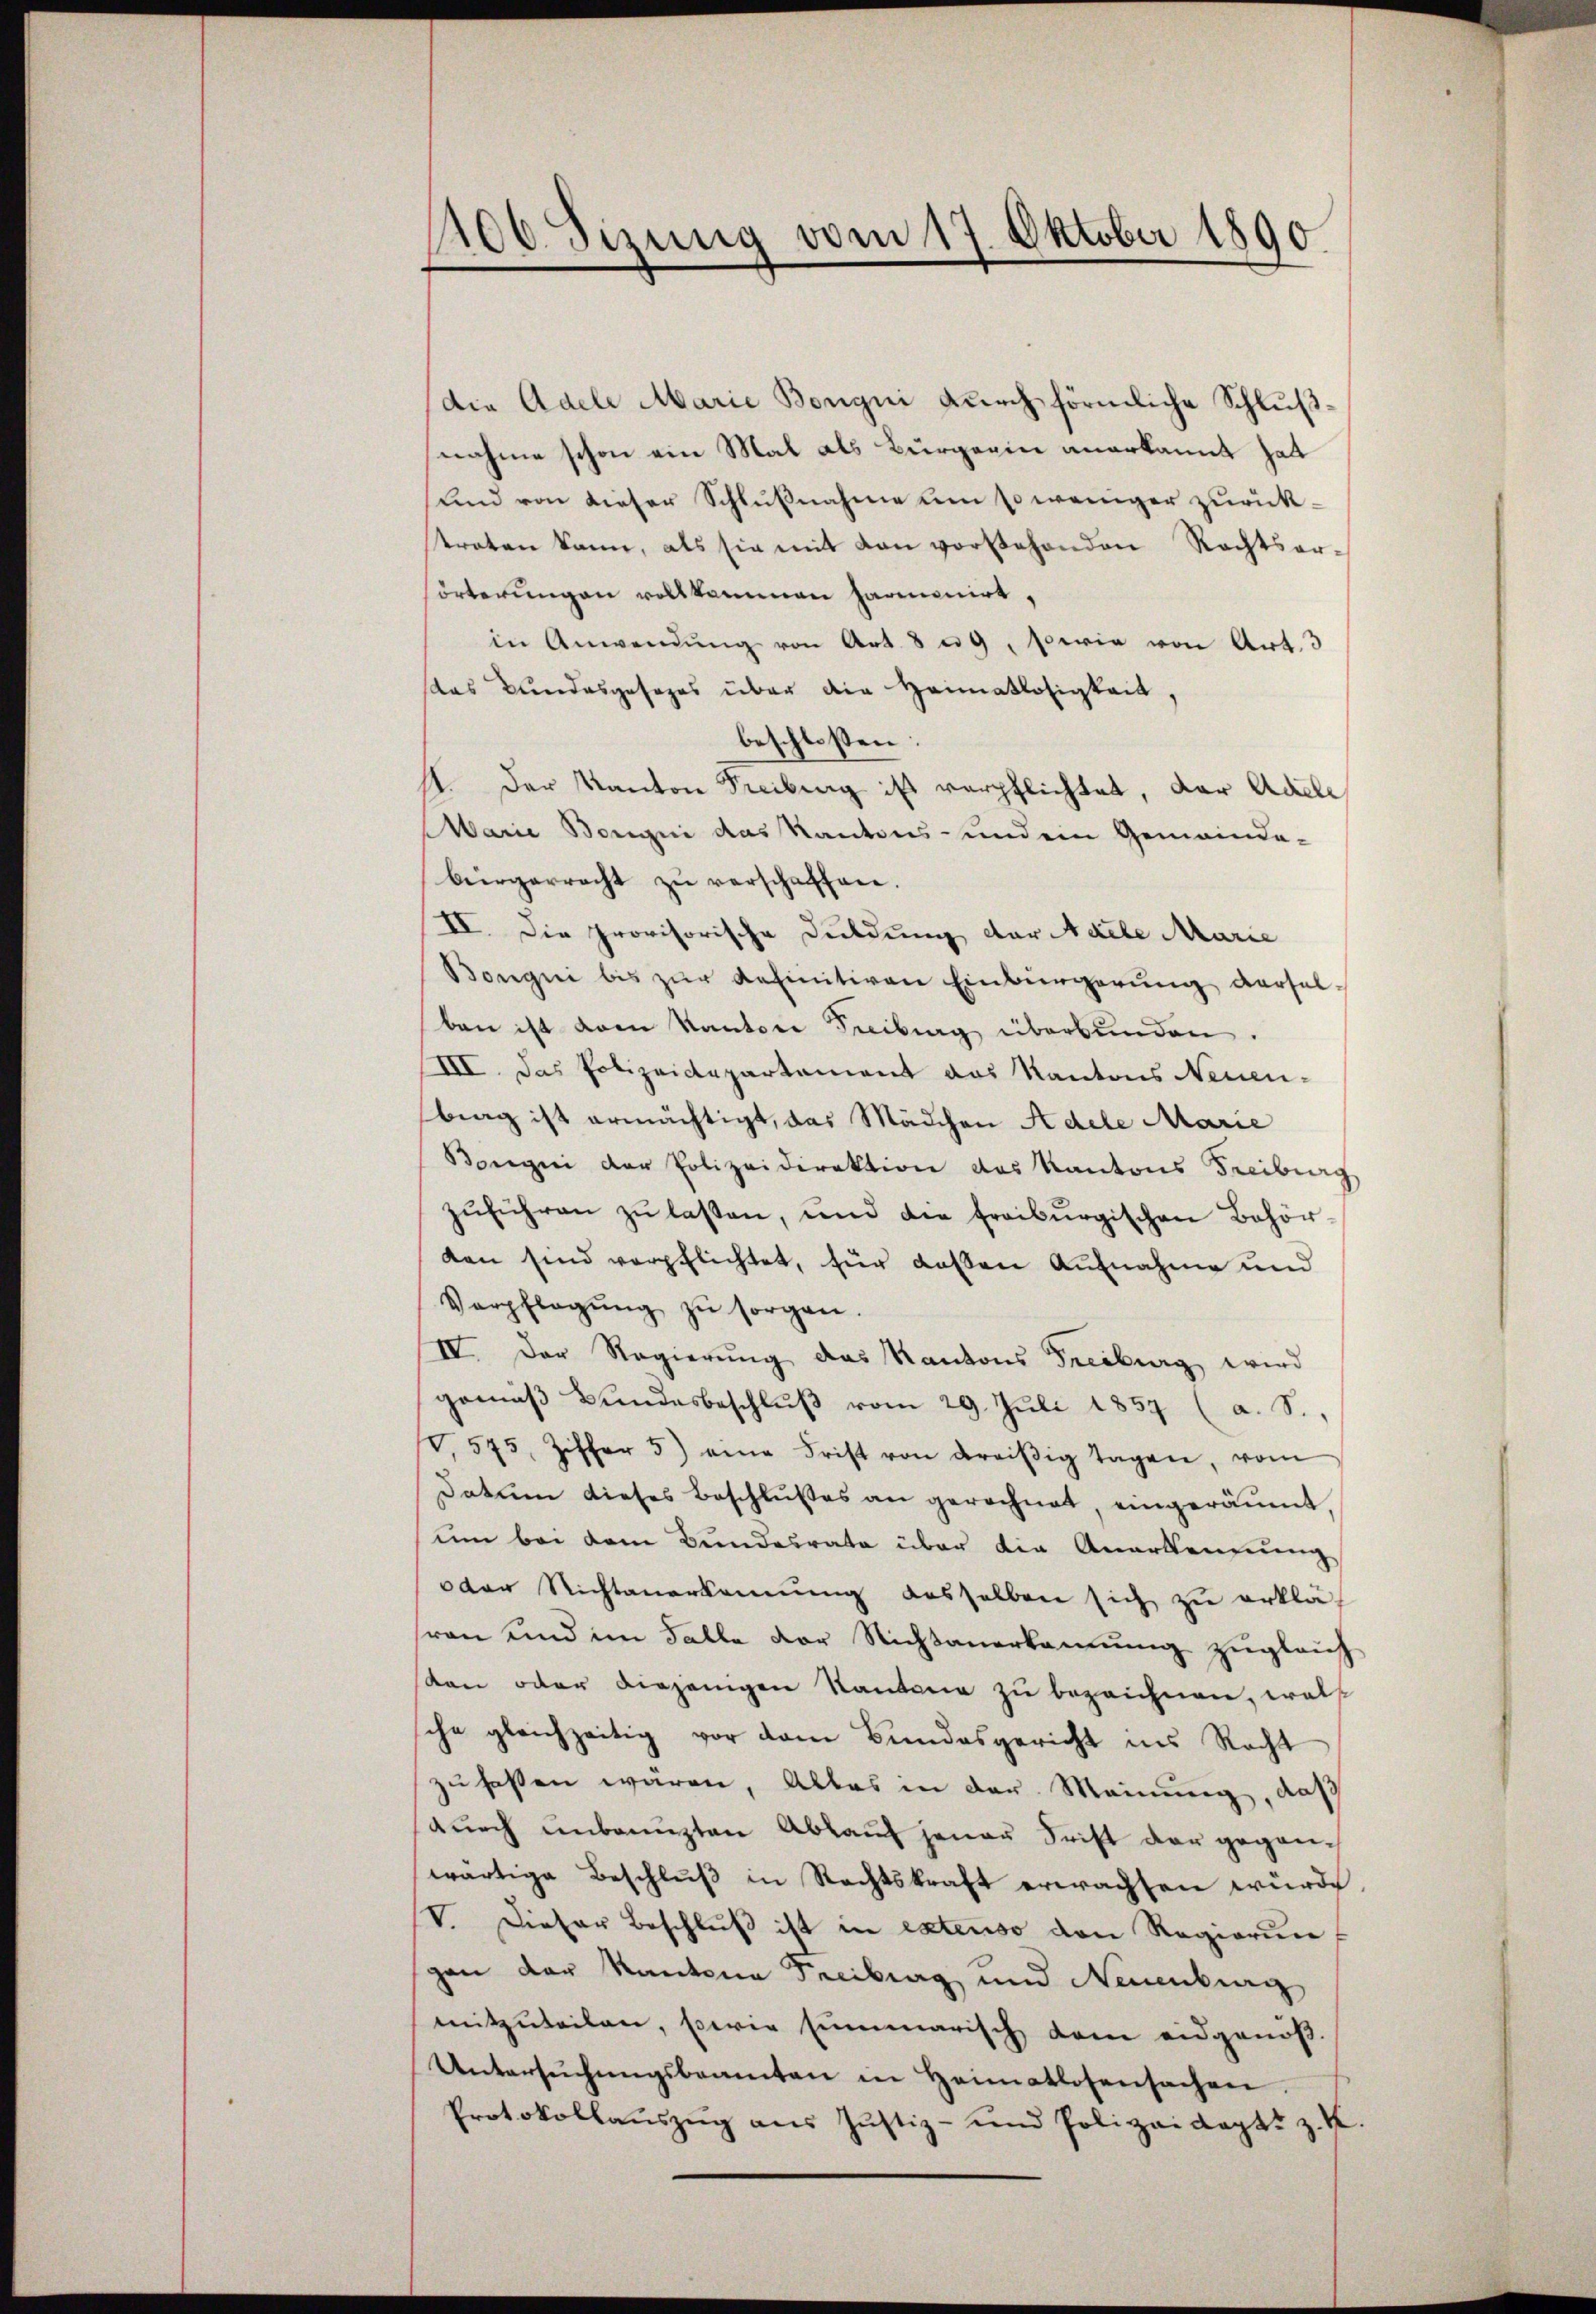
400. Sizung vom 17. Oktober 1890

die Adele Marie Bongni durch förmliche Schlußnahme schon ein Mal als Bürgerin anerkannt hat
und von dieser Schlußnahme um so weniger zurücktraten kann, als sie mit von vorstehenden Rechtserörterungen vollkommen harmonirt.
in Anwendŭng von Art. 8 u 9, sowie von Art. 3
das Bundesgesages über die Heimatlosigkeit,
beschlossen:
1. Der Kanton Freibung ist verpflichtet, der Adele,
Marie Bongni das Kantons- und ein Gemeinde-
bürgerrecht zŭ verschaffen.
II. Die provisorische Duldung der Adele Marie
Bongni bis zŭr definitiven Einbürgerung derselben ist vom Kanton Freiburg überbunden.
III. Das Polizeidepartement das Kantons Neuen-
brag ist ermächtigt, das Mädchen Adele Marie
Bogni der Polizeidirektion des Kantons Freiburg
zŭführen zŭ lassen, und die Freiburgischen Behör-
den sind verpflichtet, für dassen Aufnahme und
Verpflegŭng zŭ sorgen.
IV. Der Regierŭng das Kantons Freiburg wird
gemäβ Bŭndesbeschlŭβ vom 29. Juli 1857 (a. S.,
V. 575, Ziffer 5) eine Frist von dreisig Tagen, vom
Datum dieses Beschlŭβes an gerechnet, eingeräumt,
um bei dem Bundesrate über die Anerkennung
dder Richtanerkennung desselben sich zŭ erklä-
ren und im Falle der Nichtanerkennung zugleich
den oder diejenigen Kantone zu bezeichnen, wels
che gleichzeitig vor dem Bundesgericht ins Recht
zufaßen wären, Alles in der Meinung, daß
durch unbeugten Ablauf jener Frist der geganwärtige Beschluß in Rechtskraft erwachten würde
V. Dieser Beschlŭβ ist in extenso den Regierun
gan der Kantone Freiburg und Neuenburg
mitzuteilen, sowie summarisch dem eidgenöß¬
Untersŭchŭngsbeamten in Heimatlosensachen.
Protokollaŭszŭg ans Justiz- und Polizeidept. z. K.